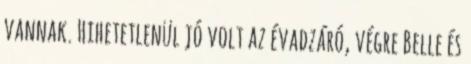
vannak. Hihetetlenül jó volt az évadzáró, végre Belle és